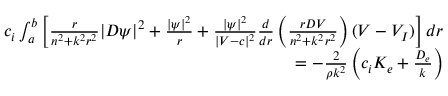
\begin{array} { r } { c _ { i } \int _ { a } ^ { b } \left[ \frac { r } { n ^ { 2 } + k ^ { 2 } r ^ { 2 } } | D \psi | ^ { 2 } + \frac { | \psi | ^ { 2 } } { r } + \frac { | \psi | ^ { 2 } } { | V - c | ^ { 2 } } \frac { d } { d r } \left( \frac { r D V } { n ^ { 2 } + k ^ { 2 } r ^ { 2 } } \right) ( V - V _ { I } ) \right] d r } \\ { = - \frac { 2 } { \rho k ^ { 2 } } \left( c _ { i } K _ { e } + \frac { D _ { e } } { k } \right) } \end{array}